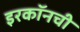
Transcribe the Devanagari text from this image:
इरकॉनची